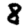
Digit: 8